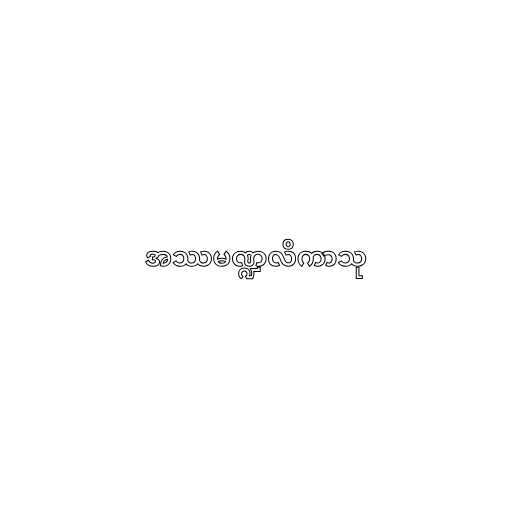
အဿမဏ္ဍလိကာသု